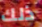
ذلك